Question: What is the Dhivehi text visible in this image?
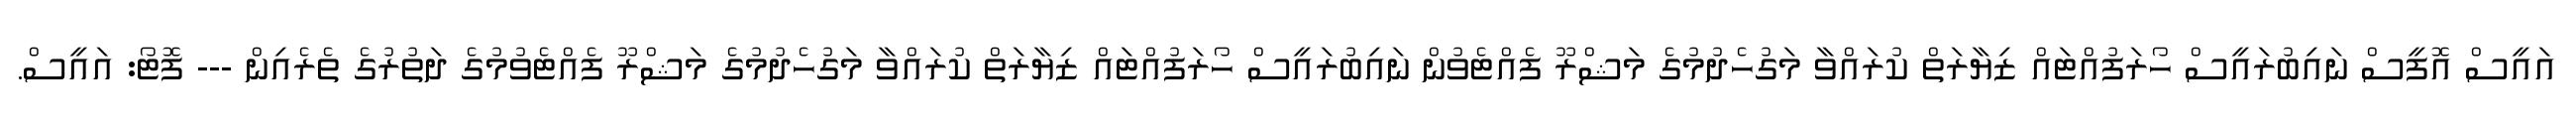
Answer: އައީސް އޮފީސް ނައިބުރައީސް ހޯރަފުއްޓައް ޒިޔާރަތް ކުރައްވާ މަގުހެދުމުގެ މަޝްރޫ ފެއްޓެވުން ނައިބުރައީސް ހޯރަފުއްޓައް ޒިޔާރަތް ކުރައްވާ މަގުހެދުމުގެ މަޝްރޫ ފެއްޓެވުމުގެ ދަތުރުގެ ތެރެއިން --- ފޮޓޯ: އައީސް.